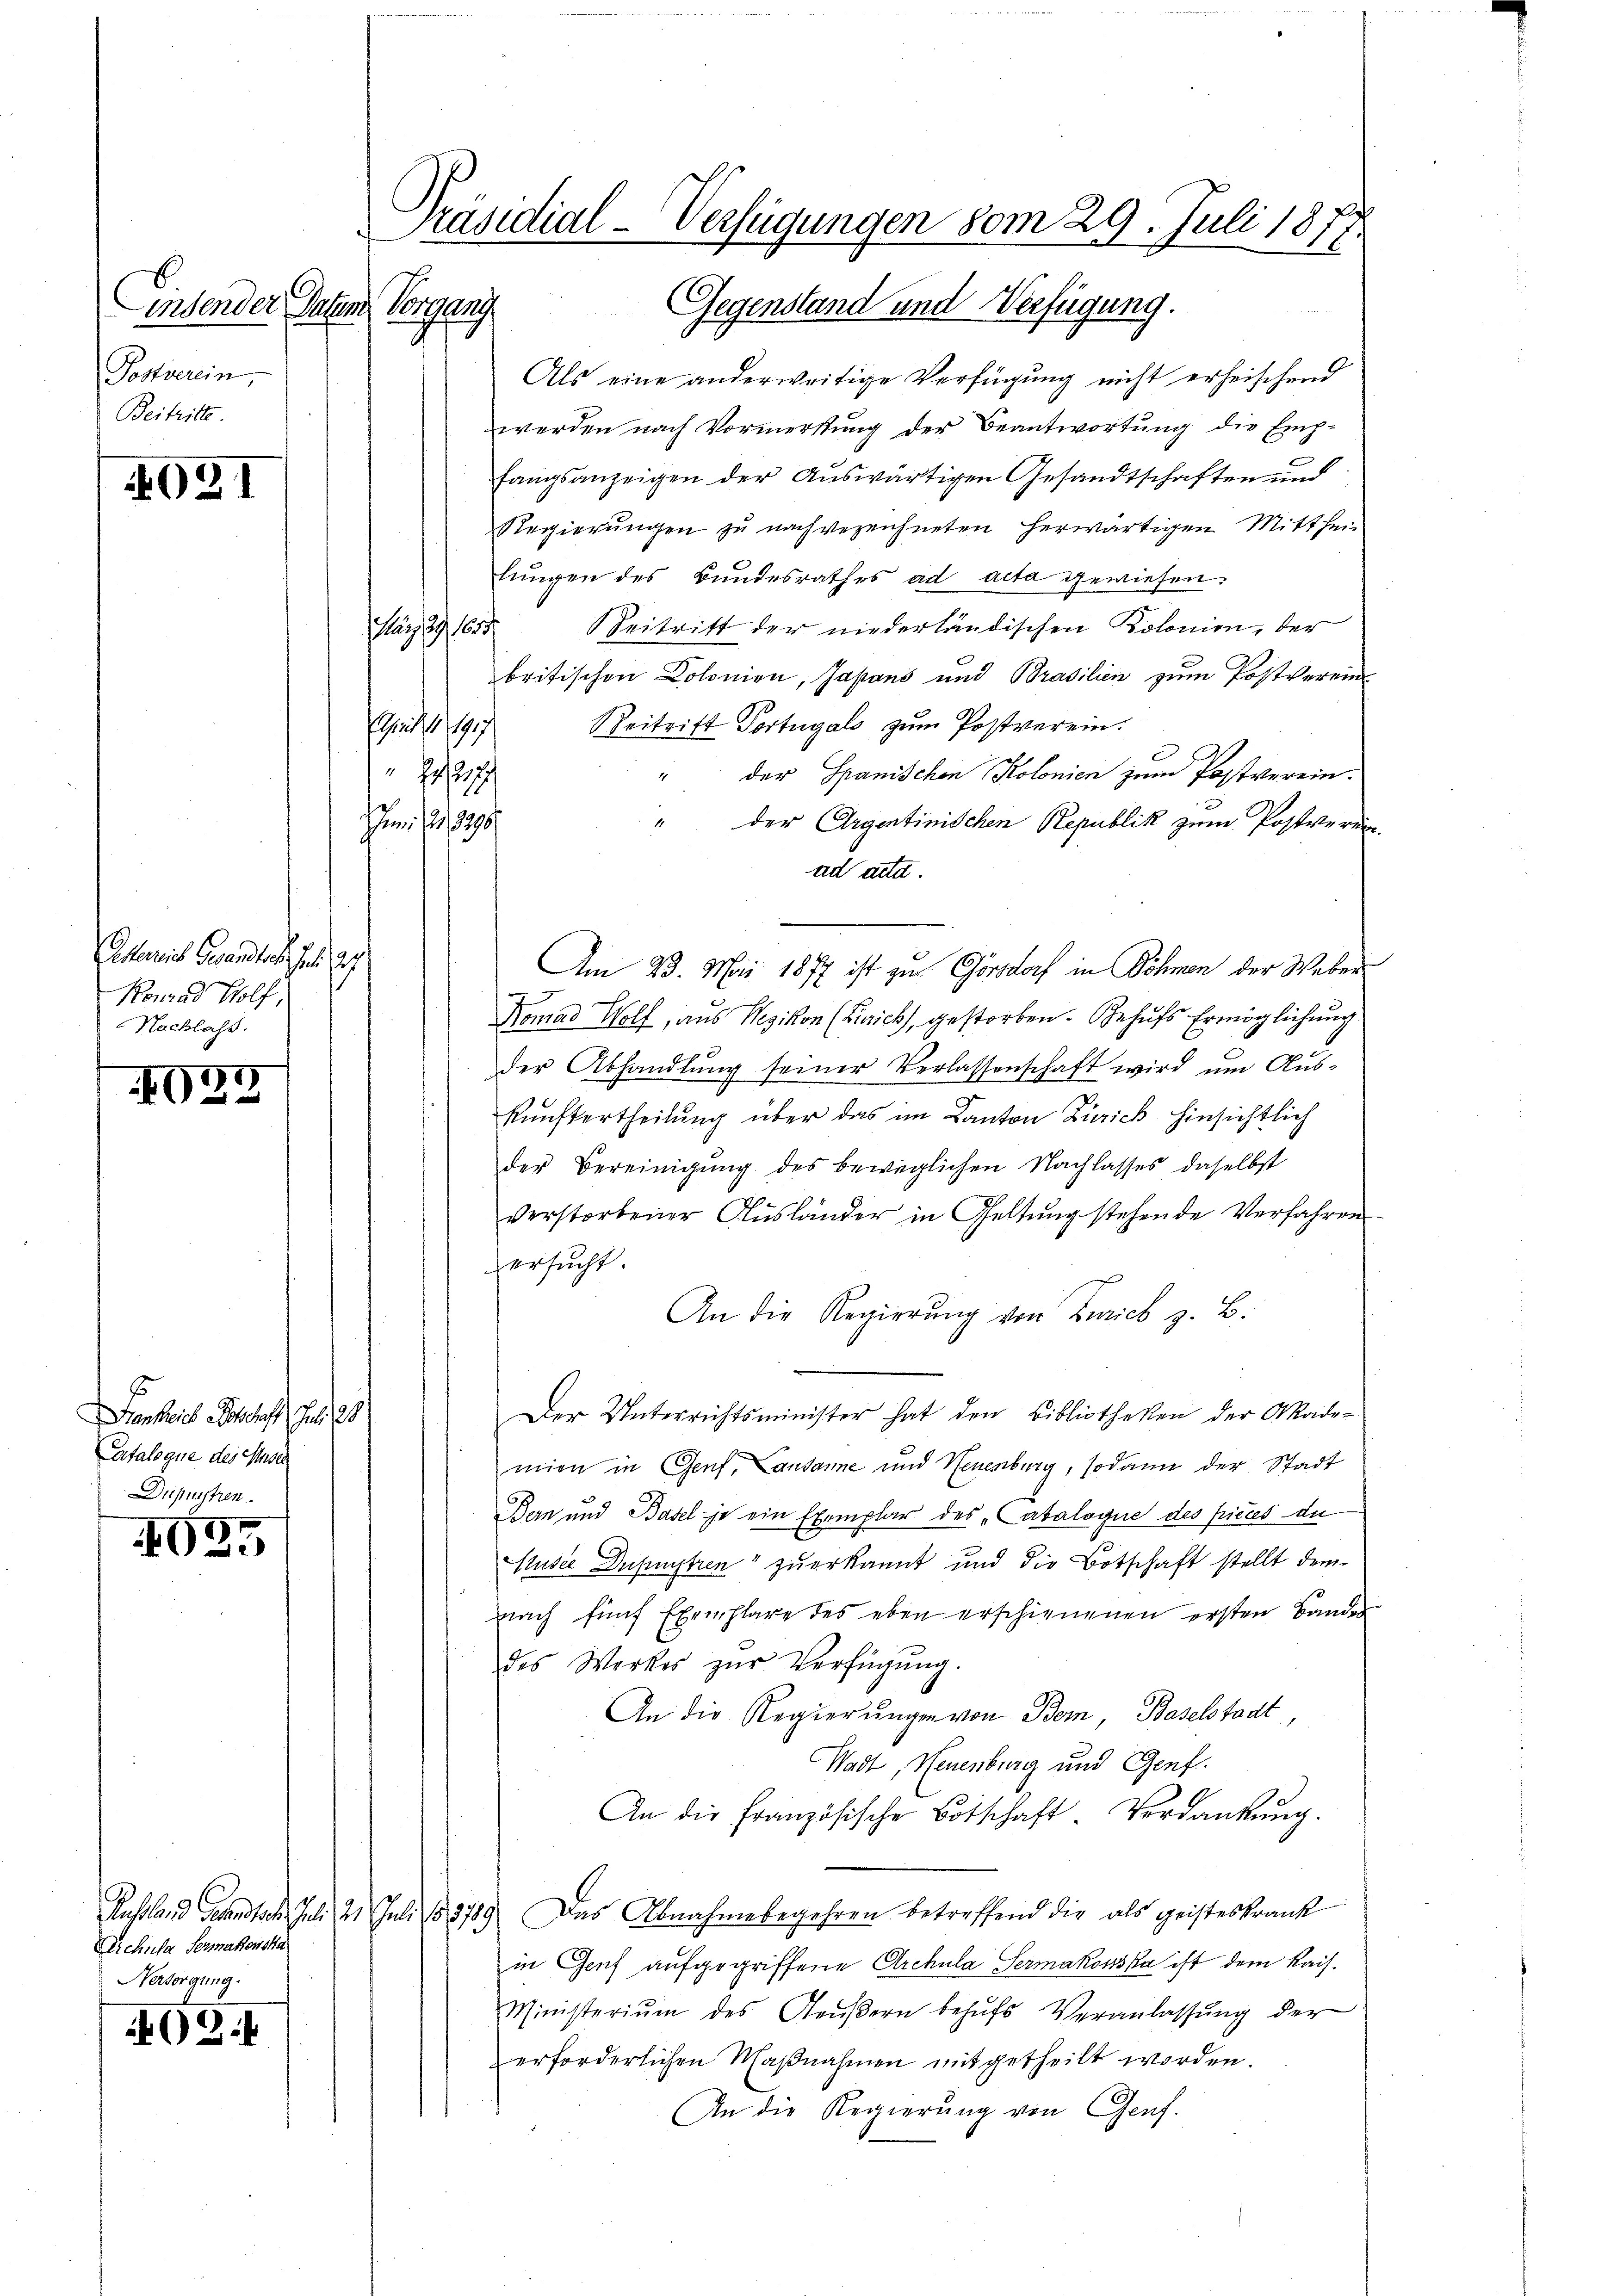
insender Paten Vorgang
Postverein,
Beitritte.

021

Akereies Gesandtes Joh. St
Konrad Holf,
Nachlass.

028

Fenheit Abschaft Juli 18
Catalogue des Muser
Dupusstren

035

Als eine anderweitige Verfügung nicht erheischend
werden nach Vormerkung der Beantwortung die Emp-
fangsanzeigen der Auswärtigen Gesandtschaften und
Regierŭngen zŭ nachgezeichneten herwärtigen Mitthei-
lŭngen des Bundesrathes ad acta gewiesen.
März 29, 1655 Beitritt der niederländischen Kolonie, der
britischen Dolonien, Japans und Brasilien zum Postverein
April 1917 Beitritt Portugalo zŭm Postverein.
" der Spanischen Kolonien zum Postverein¬
" der Argentinischen Republik zum Postverurad acta.
Am 23. Mai 1877 ist zu Görsdorf in Söhnen der Weber
7
Nomad Wolf, aus Wezikon (Zürich, gestorben. Behufs Ermöglichung
der Abhandlŭng seiner Verlassenschaft wird ŭm Aŭs-
kunftertheilung über das im Kanton Zürich hinsichtlich
der Bereinigung des beweglichen Nachlasses daselbst
verstorbener Ausländer in Geltung stehende Verfahren
ersucht.
An die Regierung von Zürich z. B.
Der Unterrichtsminister hat den Bibliotheken der Akade-
mien in Genf, Lausanne und Neuenburg, sodann der Stadt
Bern und Basel je ein Exemplar des „Catalogue des pièces du
Musée Depestren“ zuerkannt und die Botschaft stellt dem
nach fünf Exemplare des eben erschienenen ersten Bander
des Werkes zŭr Verfügŭng.
An die Regierungen von Bom, Baselstadt,
Wadt, Neuenburg und Genf.
An die französische Botschaft. Verdankung.
Russland gesandtsch. Juli 21. Juli 185789. Das Abnahmebegehren betreffend die als geisteskrank
in Genf aufgegriffene Archula Sermakowska ist dem Kais.
Ministerium des Aeŭβern behŭfs Veranlassŭng der
erforderlichen Maßnahmen mitgetheilt worden.
An die Regierung von Genf.

Juni 1890

hr

Dichula Sermakowska
Versorgung.

409.

Präsidial-Verfügungen vom 29. Juli 1877.
Gegenstand und Verfügung.